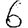
Digit: 6